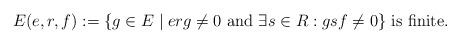
\begin{align*} E(e,r,f):=\{g\in E\mid erg\ne 0\mbox{ and }\exists s\in R: gsf\ne 0\}\mbox{ is finite.}\end{align*}